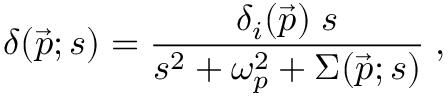
\delta ( \vec { p } ; s ) = \frac { \delta _ { i } ( \vec { p } ) \; s } { s ^ { 2 } + \omega _ { p } ^ { 2 } + \Sigma ( \vec { p } ; s ) } \; ,